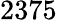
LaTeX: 2375